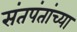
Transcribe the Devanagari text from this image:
संतपंतांच्या